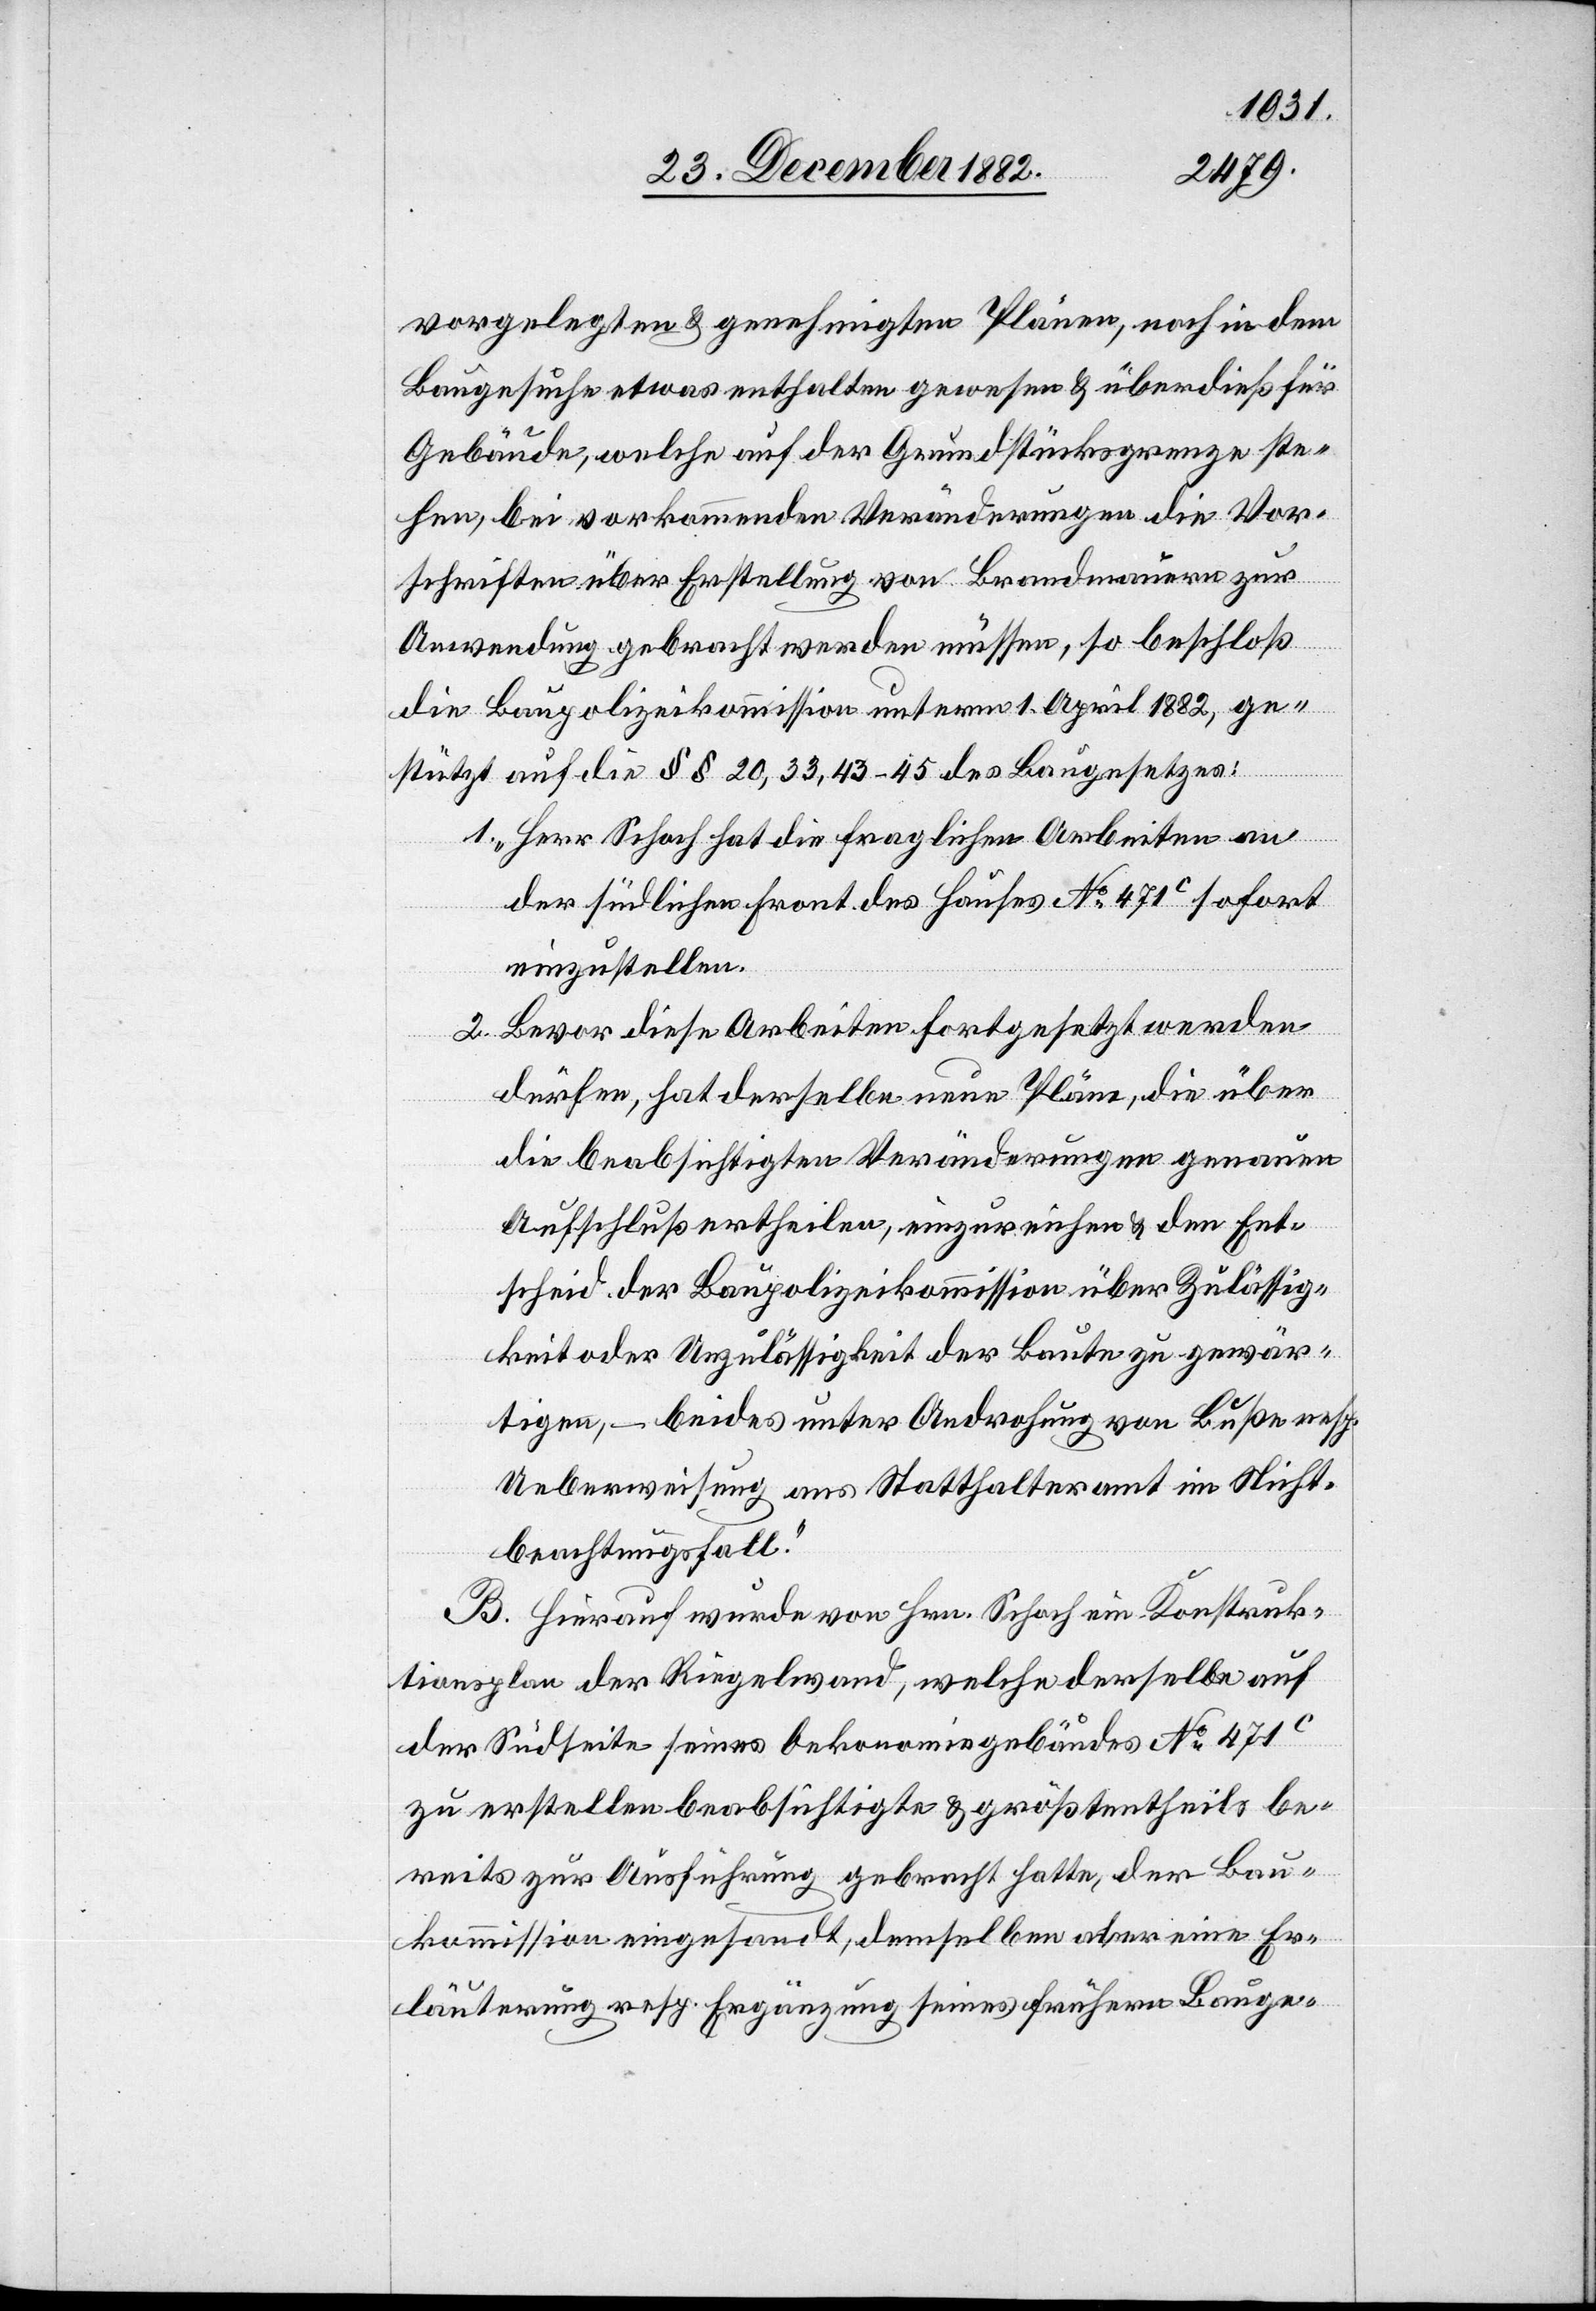
vorgelegten & genehmigten Plänen, noch in dem
Baugesuches etwas enthalten gewesen & überdieß für
Gebäude, welche auf der Grundstücksgrenze ste¬
hen, bei vorkommenden Veränderungen die Vor¬
schriften über Erstellung von Brandmauern zur
Anwendung gebracht werden müssen, so beschloß
die Baupolizeikommission unterm 1. April 1882, ge¬
stützt auf die §§ 20, 33, 43–45 des Baugesetzes:
1. „Herr Schoch hat die fraglichen Arbeiten an
der südlichen Front des Hauses No 471c sofort
einzustellen.
2. Bevor diese Arbeiten fortgesetzt werden
dürfen, hat derselbe neue Pläne, die über
die beabsichtigten Veränderungen genauen
Aufschluß ertheilen, einzureichen & den Ent¬
scheid der Baupolizeikommission über Zulässig¬
keit oder Unzulässigkeit der Baute zu gewär¬
tigen, – beides unter Androhung von Buße resp.
Ueberweisung ans Statthalteramt im Nicht¬
beachtungsfall.“
B. Hierauf wurde von Hrn. Schoch ein Konstruk¬
tionsplan der Riegelwand, welche derselbe auf
der Südseite seines Oekonomiegebäudes No 471c
zu erstellen beabsichtigte & größtentheils be¬
reits zur Ausführung gebracht hatte, der Bau¬
kommission eingesandt, demselben aber eine Er¬
läuterung resp. Ergänzung seines frühern Bauge-